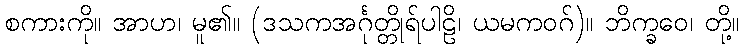
စကားကို။ အာဟ၊ မူ၏။ (ဒသကအင်္ဂုတ္တိုရ်ပါဠိ၊ ယမကဝဂ်)။ ဘိက္ခဝေ၊ တို့။